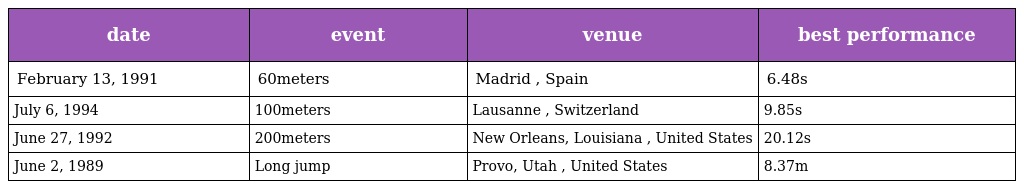
| date | event | venue | best performance |
 | --- | --- | --- | --- |
 | February 13, 1991 | 60meters | Madrid , Spain | 6.48s |
 | July 6, 1994 | 100meters | Lausanne , Switzerland | 9.85s |
 | June 27, 1992 | 200meters | New Orleans, Louisiana , United States | 20.12s |
 | June 2, 1989 | Long jump | Provo, Utah , United States | 8.37m |